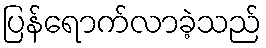
ပြန်ရောက်လာခဲ့သည်